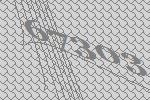
67303